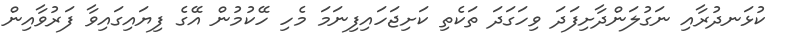
ކުޅަނދުރާއި ނަގުލަންދާށިފަދަ ވިހަގަދަ ތަކެތި ކަށިޖަހައިފިނަމަ މެހި ހޭކުމުން އޭގެ ފިޔައިގައިވާ ފަރުވާއިން